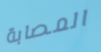
المصابة